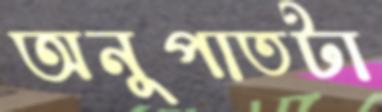
অনুপাতটা